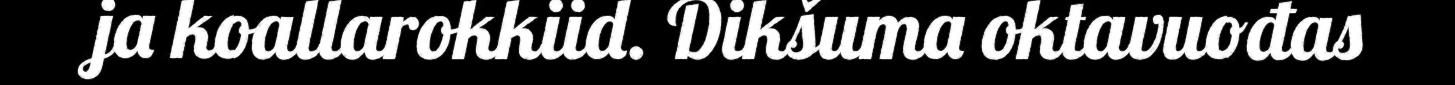
ja koallarokkiid. Dikšuma oktavuođas